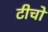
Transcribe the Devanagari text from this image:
टीचो